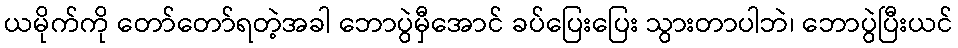
ယမိုက်ကို တော်တော်ရတဲ့အခါ ဘောပွဲမှီအောင် ခပ်ပြေးပြေး သွားတာပါဘဲ၊ ဘောပွဲပြီးယင်